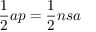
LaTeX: { \frac { 1 } { 2 } } a p = { \frac { 1 } { 2 } } n s a \,